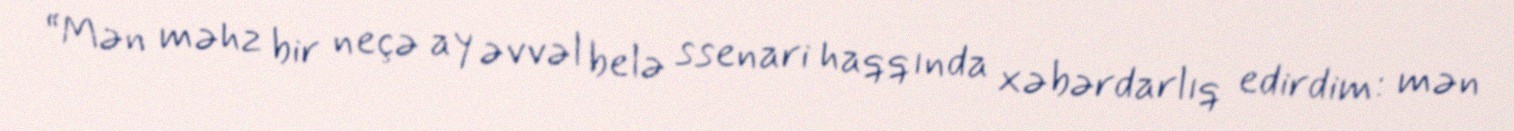
“Mən məhz bir neçə ay əvvəl belə ssenari haqqında xəbərdarlıq edirdim: mən